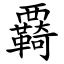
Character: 覉